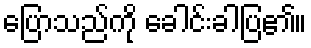
ပြောသည်ကို ခေါင်းခါပြ၏။